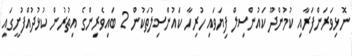
ނޮޅިވަރަންފަރާއި ކުމުންދޫ ކައުންސިލް ފިޔަވައި ހުރިހާ ކައުންސިލުތަކުން 2 ބައިވެރިންގެ އިތުރުން ކުޅުދުއްފުށީގައި